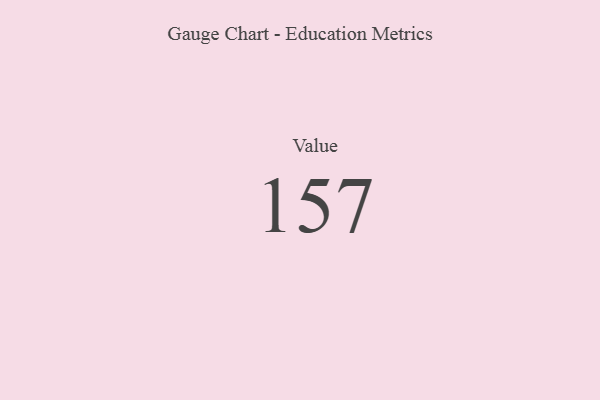
{"axis": {"x": "Metric", "y": "Value"}, "legend": [""], "data": [{"x": "Value", "y": 157, "type": ""}]}